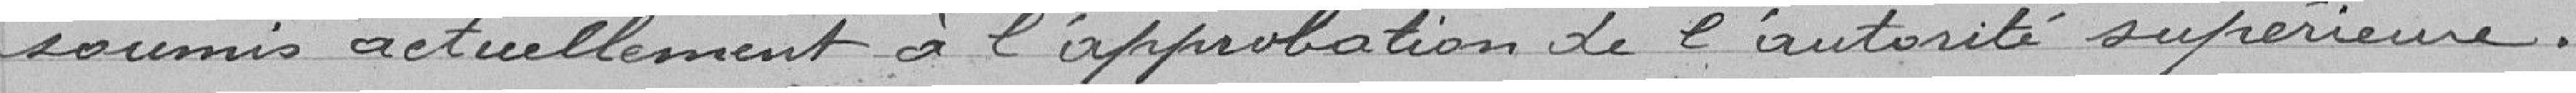
soumis actuellement à l'approbation de l'autorité supérieure.